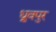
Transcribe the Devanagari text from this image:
ध्रुवपुर